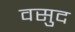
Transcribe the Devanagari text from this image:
वसुद